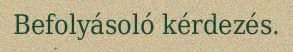
Befolyásoló kérdezés.